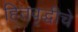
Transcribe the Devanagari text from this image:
हितवृद्धीचे